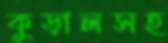
কুড়ালসহ